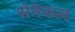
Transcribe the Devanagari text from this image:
सेनेकल